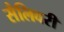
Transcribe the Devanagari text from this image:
सैलिवरी